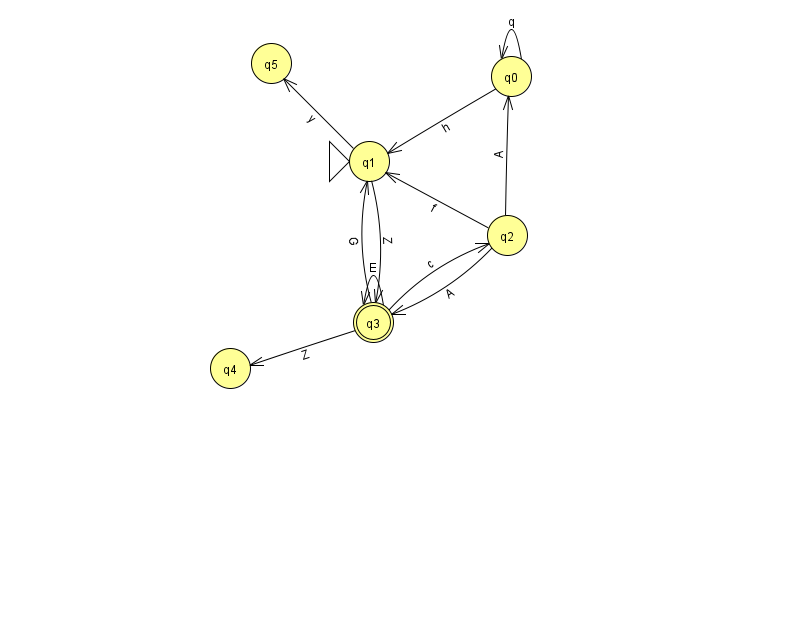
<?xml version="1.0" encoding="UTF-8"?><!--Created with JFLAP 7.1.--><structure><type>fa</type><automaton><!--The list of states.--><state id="0" name="q0"><x>511.0</x><y>63.0</y></state><state id="1" name="q1"><x>369.0</x><y>148.0</y><initial/></state><state id="2" name="q2"><x>507.0</x><y>222.0</y></state><state id="3" name="q3"><x>373.0</x><y>309.0</y><final/></state><state id="4" name="q4"><x>230.0</x><y>355.0</y></state><state id="5" name="q5"><x>271.0</x><y>50.0</y></state><!--The list of transitions.--><transition><from>0</from><to>0</to><read>q</read></transition><transition><from>1</from><to>3</to><read>Z</read></transition><transition><from>3</from><to>2</to><read>c</read></transition><transition><from>3</from><to>3</to><read>E</read></transition><transition><from>2</from><to>3</to><read>A</read></transition><transition><from>2</from><to>1</to><read>f</read></transition><transition><from>1</from><to>5</to><read>y</read></transition><transition><from>2</from><to>0</to><read>A</read></transition><transition><from>0</from><to>1</to><read>h</read></transition><transition><from>3</from><to>1</to><read>G</read></transition><transition><from>3</from><to>4</to><read>Z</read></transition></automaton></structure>